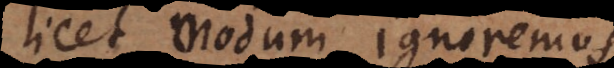
licet modum ignoremus